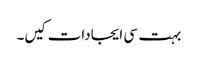
بہت سی ایجادات کیں۔